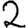
Digit: 2